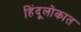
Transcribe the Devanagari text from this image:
हिंदूलोकात